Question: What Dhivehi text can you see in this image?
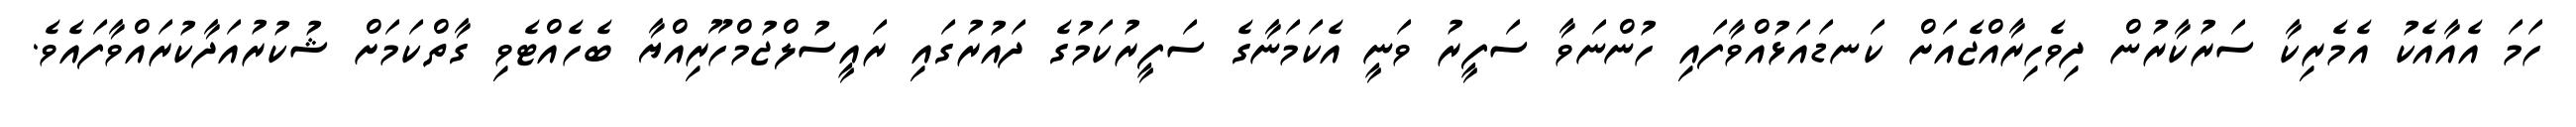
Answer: ހަމަ އެއާއެކު އެމެރިކާ ސަރުކާރުން ދިވެހިރާއްޖެއަށް ކަނޑައަޅުއްވާފައި ހުންނަވާ ސަފީރު ވަނީ އެކަމަނާގެ ސަފީރުކަމުގެ ދައުރުގައި ރައީސުލްޖުމްހޫރިއްޔާ ބެހެއްޓެވި ގާތްކަމަށް ޝުކުރުއަދާކުރައްވާފައެވެ.